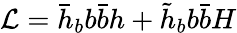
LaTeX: {\cal L}=\bar{h}_{b}b\bar{b}h+\tilde{h}_{b}b\bar{b}H